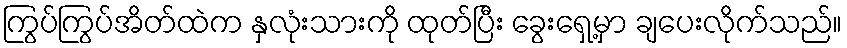
ကြွပ်ကြွပ်အိတ်ထဲက နှလုံးသားကို ထုတ်ပြီး ခွေးရှေ့မှာ ချပေးလိုက်သည်။